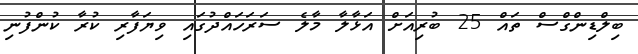
ބިލްޑިންގްސް ތައް 25 ބުރިއަށް އަޅާލާ މާލެ ސަރަހައްދުގައި ވިޔަފާރި ކުރާ ކުންފުނި